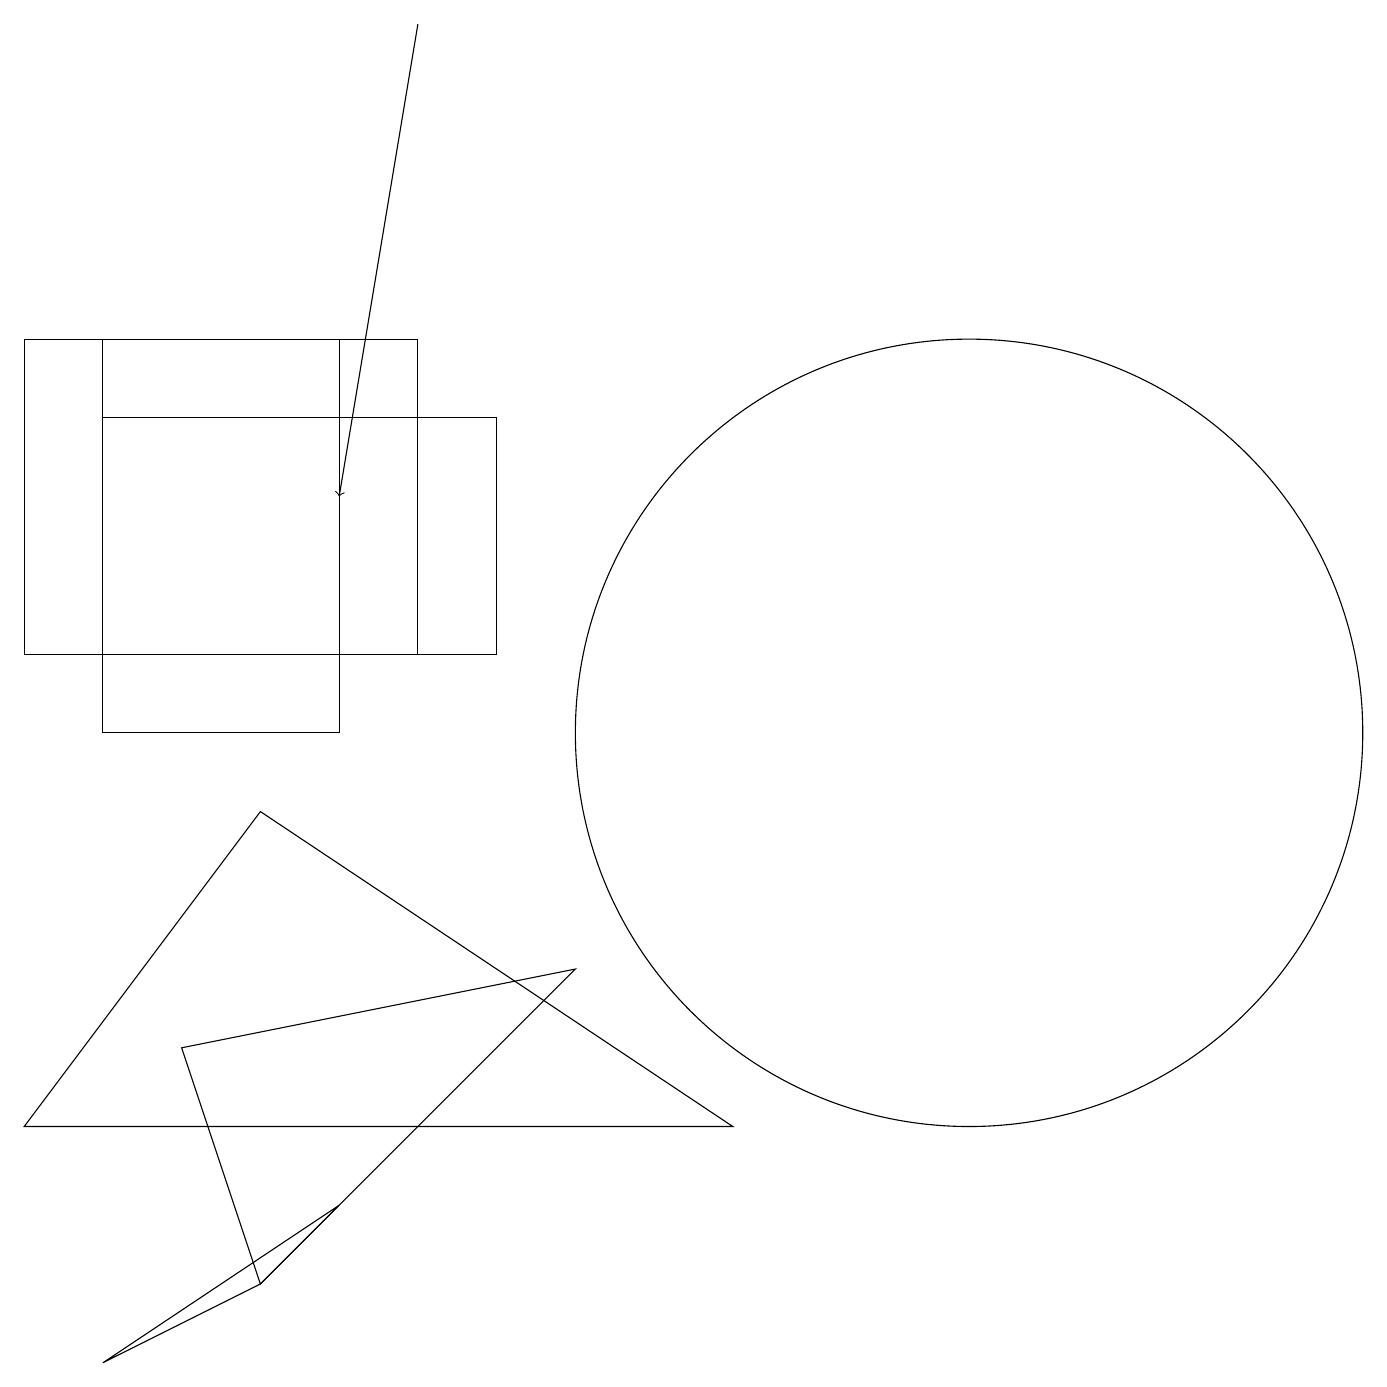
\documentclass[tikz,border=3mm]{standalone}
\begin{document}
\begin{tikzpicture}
\draw (12,10) circle (5);
\draw[->] (5,19) -- (4,13);
\draw (0,5) -- (3,9) -- (9,5) -- cycle;
\draw (1,2) -- (3,3) -- (4,4) -- cycle;
\draw (6,11) rectangle (1,14);
\draw (1,10) rectangle (4,15);
\draw (2,6) -- (7,7) -- (3,3) -- cycle;
\draw (0,15) rectangle (5,11);
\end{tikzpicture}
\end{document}